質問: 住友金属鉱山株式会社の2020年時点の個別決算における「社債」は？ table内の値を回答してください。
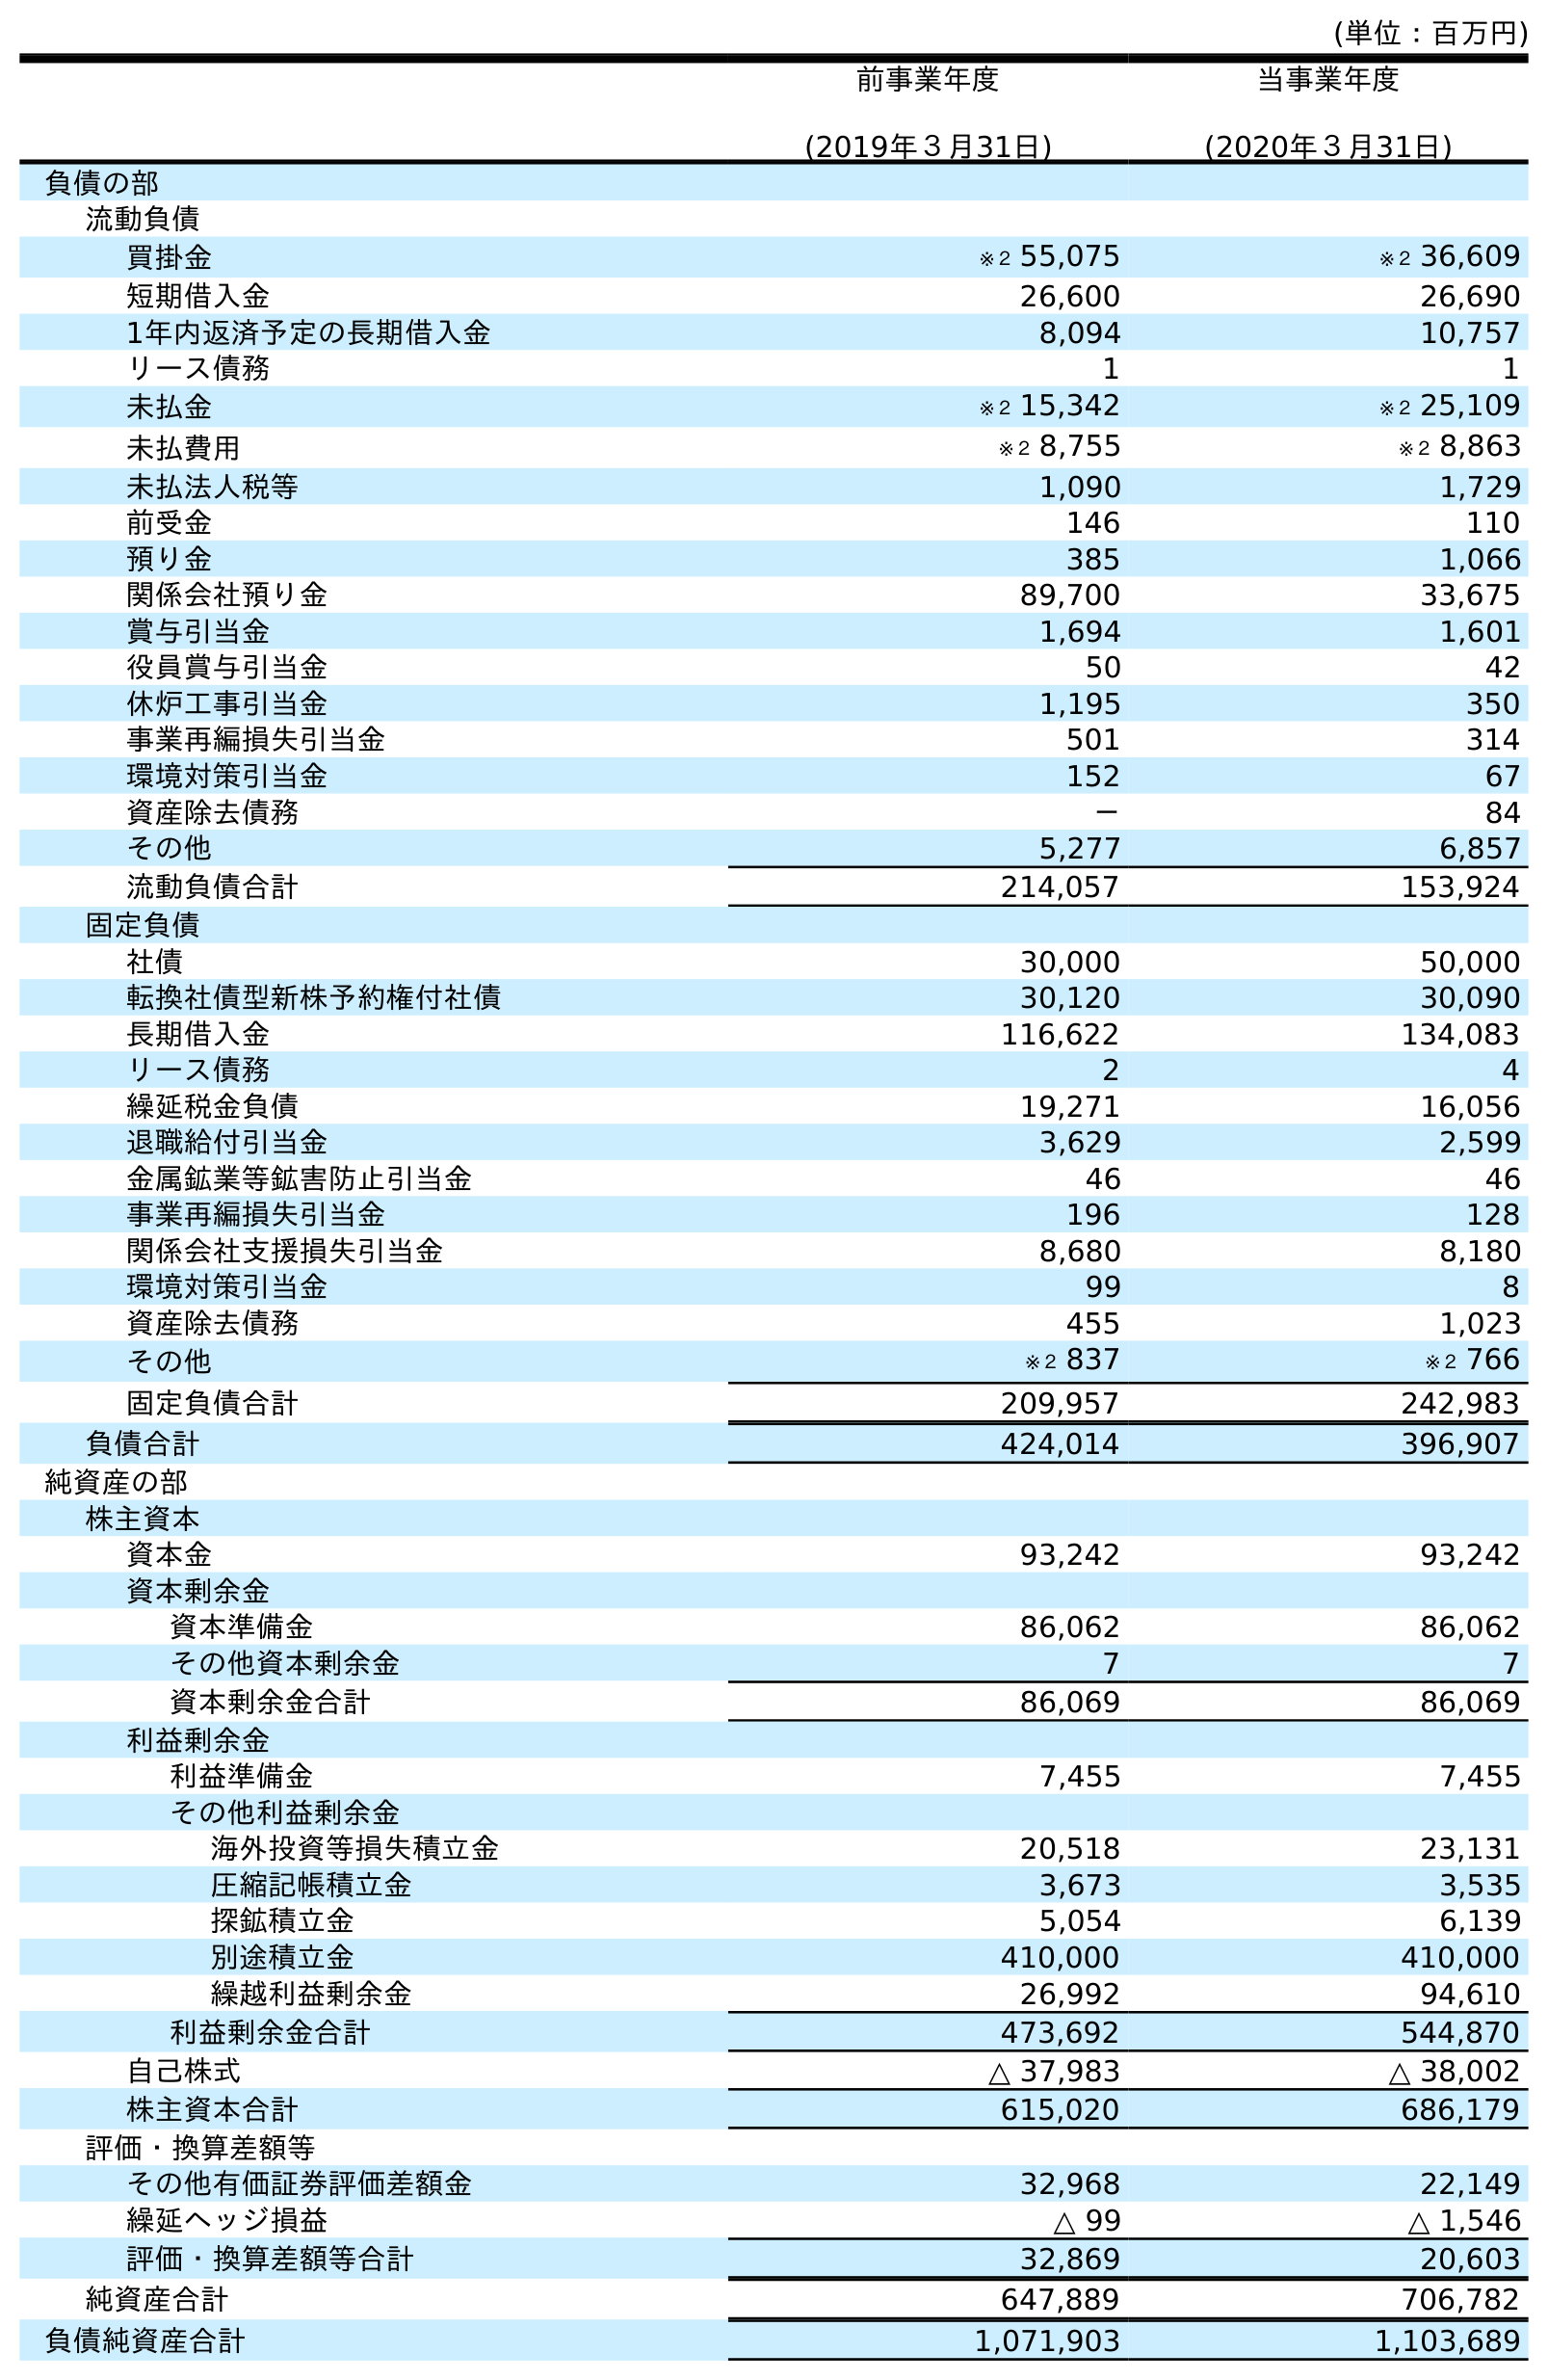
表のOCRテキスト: (単位：百万円) 前事業年度 (2019年３月31日) 当事業年度 (2020年３月31日) 負債の部 流動負債 買掛金 ※２ 55,075 ※２ 36,609 短期借入金 26,600 26,690 1年内返済予定の長期借入金 8,094 10,757 リース債務 1 1 未払金 ※２ 15,342 ※２ 25,109 未払費用 ※２ 8,755 ※２ 8,863 未払法人税等 1,090 1,729 前受金 146 110 預り金 385 1,066 関係会社預り金 89,700 33,675 賞与引当金 1,694 1,601 役員賞与引当金 50 42 休炉工事引当金 1,195 350 事業再編損失引当金 501 314 環境対策引当金 152 67 資産除去債務 － 84 その他 5,277 6,857 流動負債合計 214,057 153,924 固定負債 社債 30,000 50,000 転換社債型新株予約権付社債 30,120 30,090 長期借入金 116,622 134,083 リース債務 2 4 繰延税金負債 19,271 16,056 退職給付引当金 3,629 2,599 金属鉱業等鉱害防止引当金 46 46 事業再編損失引当金 196 128 関係会社支援損失引当金 8,680 8,180 環境対策引当金 99 8 資産除去債務 455 1,023 その他 ※２ 837 ※２ 766 固定負債合計 209,957 242,983 負債合計 424,014 396,907 純資産の部 株主資本 資本金 93,242 93,242 資本剰余金 資本準備金 86,062 86,062 その他資本剰余金 7 7 資本剰余金合計 86,069 86,069 利益剰余金 利益準備金 7,455 7,455 その他利益剰余金 海外投資等損失積立金 20,518 23,131 圧縮記帳積立金 3,673 3,535 探鉱積立金 5,054 6,139 別途積立金 410,000 410,000 繰越利益剰余金 26,992 94,610 利益剰余金合計 473,692 544,870 自己株式 △ 37,983 △ 38,002 株主資本合計 615,020 686,179 評価・換算差額等 その他有価証券評価差額金 32,968 22,149 繰延ヘッジ損益 △ 99 △ 1,546 評価・換算差額等合計 32,869 20,603 純資産合計 647,889 706,782 負債純資産合計 1,071,903 1,103,689
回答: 50,000